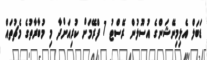
ޑަބަލް އެލިމިނޭޝަންގެ އުސޫލުން ރޭސްޓު 7 ފްރޭމަށް ކުރިއަށްދާ މި މުބާރާތުގެ މެޗުތައް